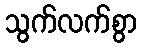
သွက်လက်စွာ